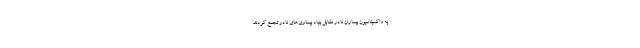
به واکسیناسیون بیماران نادر مقابل بنیاد بیماری‌های نادر تجمع کردند.